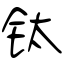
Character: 钛